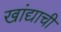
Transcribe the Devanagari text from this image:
खांद्याची